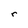
Character: r